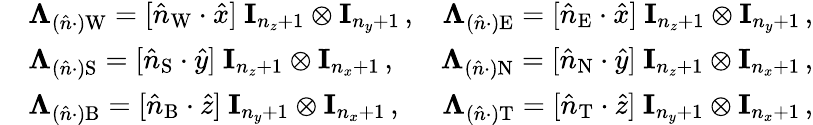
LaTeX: \begin{array}{rlr}&{\mathbf\Lambda_{(\hat{n}\cdot)\mathrm{W}}=[\hat{n}_{\mathrm{W}}\cdot\hat{x}]\ \mathbf I_{n_{z}+1}\otimes\mathbf I_{n_{y}+1}\, ,}&{\mathbf\Lambda_{(\hat{n}\cdot)\mathrm{E}}=[\hat{n}_{\mathrm{E}}\cdot\hat{x}]\ \mathbf I_{n_{z}+1}\otimes\mathbf I_{n_{y}+1}\, ,}\\ &{\mathbf\Lambda_{(\hat{n}\cdot)\mathrm{S}}=[\hat{n}_{\mathrm{S}}\cdot\hat{y}]\ \mathbf I_{n_{z}+1}\otimes\mathbf I_{n_{x}+1}\, ,}&{\mathbf\Lambda_{(\hat{n}\cdot)\mathrm{N}}=[\hat{n}_{\mathrm{N}}\cdot\hat{y}]\ \mathbf I_{n_{z}+1}\otimes\mathbf I_{n_{x}+1}\, ,}\\ &{\mathbf\Lambda_{(\hat{n}\cdot)\mathrm{B}}=[\hat{n}_{\mathrm{B}}\cdot\hat{z}]\ \mathbf I_{n_{y}+1}\otimes\mathbf I_{n_{x}+1}\, ,}&{\mathbf\Lambda_{(\hat{n}\cdot)\mathrm{T}}=[\hat{n}_{\mathrm{T}}\cdot\hat{z}]\ \mathbf I_{n_{y}+1}\otimes\mathbf I_{n_{x}+1}\, ,}\end{array}